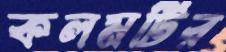
কলমটির